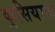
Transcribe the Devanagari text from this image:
कुसियाक